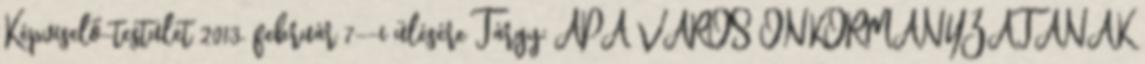
Képviselő-testület 2013. február 7--i ülésére Tárgy: ÁPA VÁROS ÖNKORMÁNYZATÁNAK